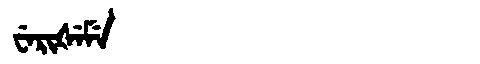
Manchu: ᠸᡝᡵᡳᡧᡝᠮᡝ
Romanization: WERIŠEME